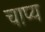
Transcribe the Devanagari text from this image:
चाप्य